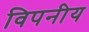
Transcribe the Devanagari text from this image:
विपनीय